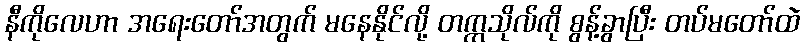
နီကိုလေဟာ အရေးတော်အတွက် မနေနိုင်လို့ တက္ကသိုလ်ကို စွန့်ခွာပြီး တပ်မတော်ထဲ